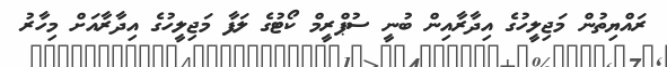
ރައްޔިތުން މަޖިލީހުގެ އިދާރާއިން ބުނީ ސުޕްރީމް ކޯޓުގެ ލަފާ މަޖިލީހުގެ އިދާރާއަށް މިހާރު